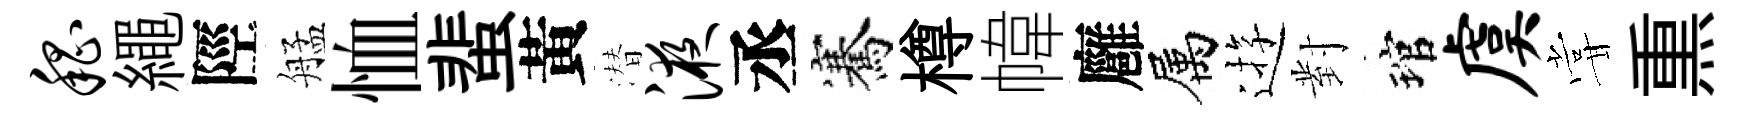
嵇繩陘艋恤蜚黃潜液丞騫樽幃廱属逰對琯虞甞𤋱